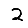
Digit: 2